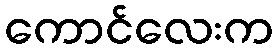
ကောင်လေးက